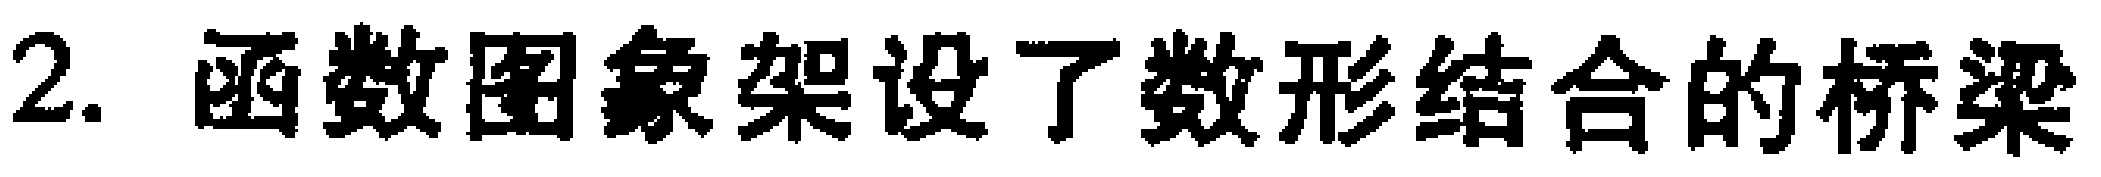
2. 函数图象架设了数形结合的桥梁